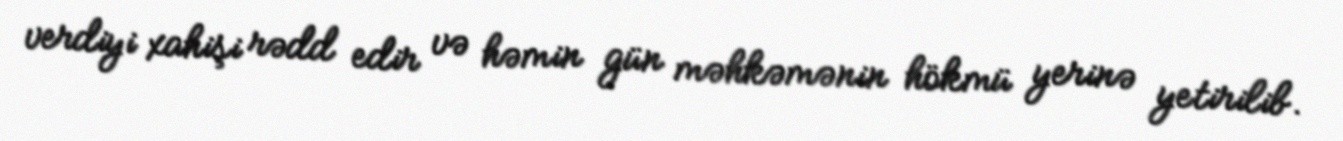
verdiyi xahişi rədd edir və həmin gün məhkəmənin hökmü yerinə yetirilib.